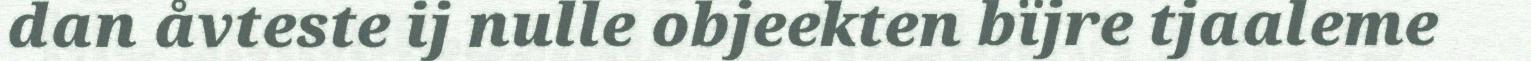
dan åvteste ij nulle objeekten bïjre tjaaleme